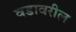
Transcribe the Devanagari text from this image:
वडावरील